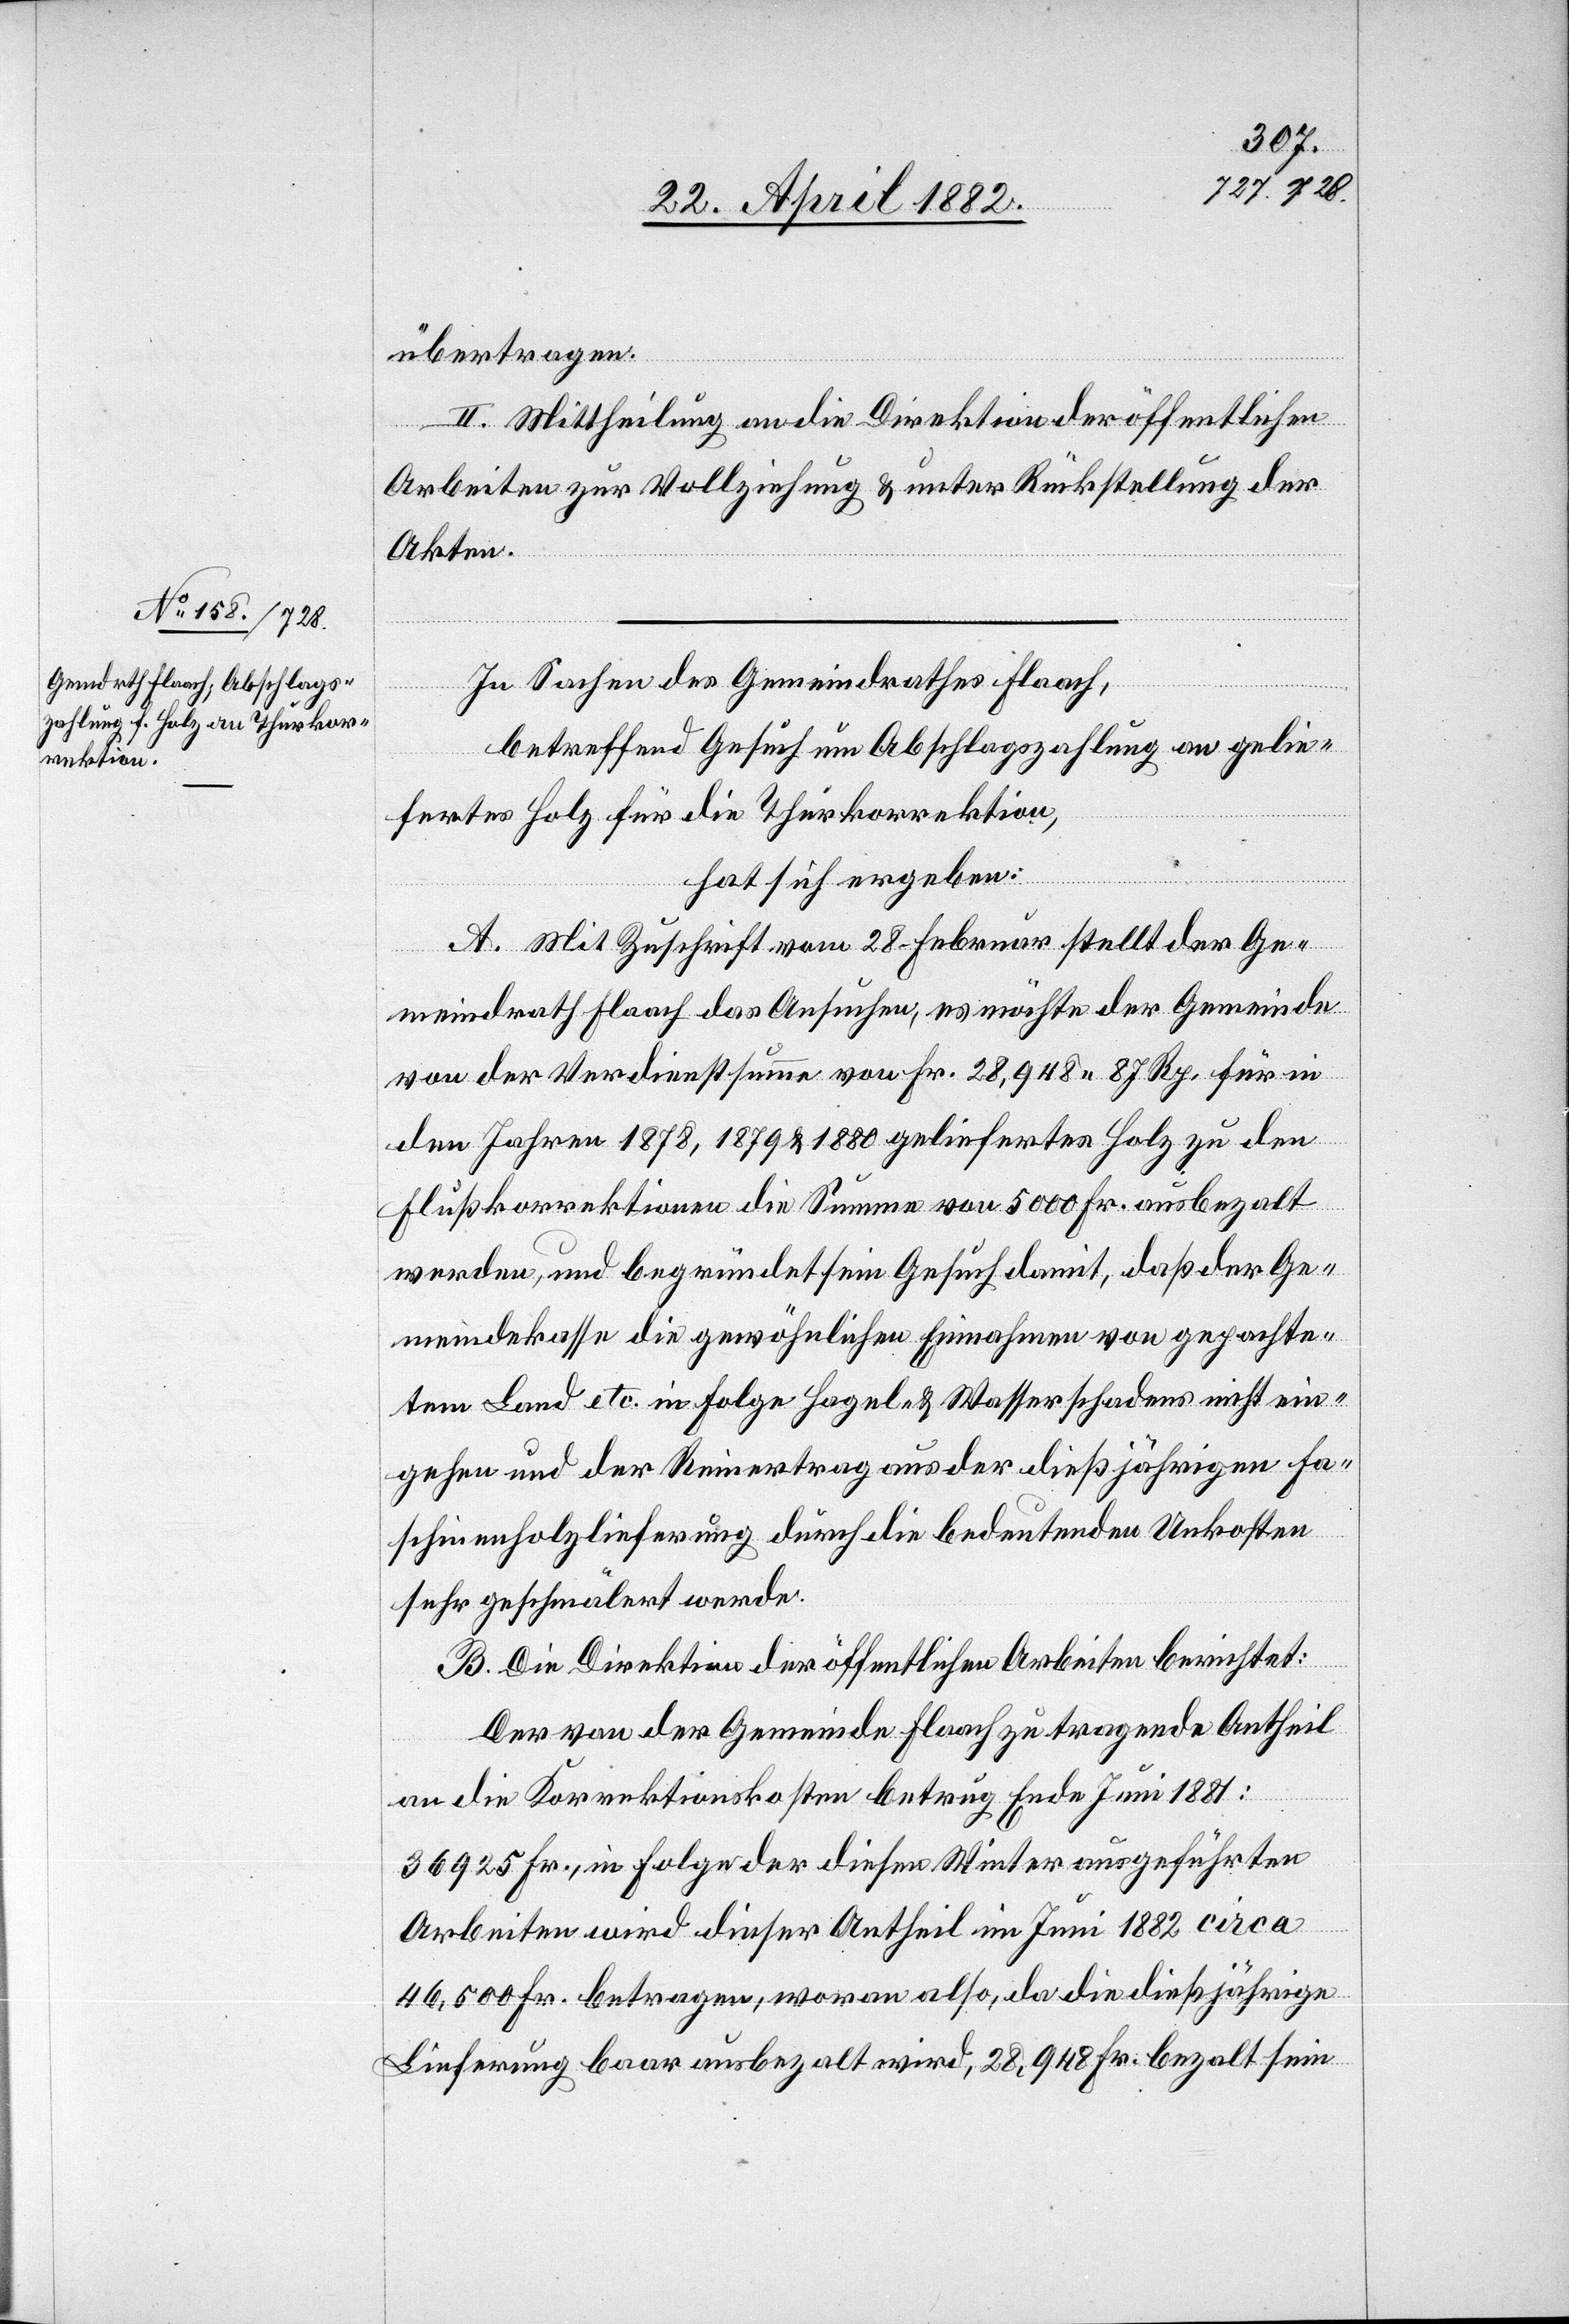
übertragen.
II. Mittheilung an die Direktion der öffentlichen
Arbeiten zur Vollziehung & unter Rückstellung der
Akten.
In Sachen des Gemeindrathes Flaach,
betreffend Gesuch um Abschlagszahlung an gelie¬
fertes Holz für die Thurkorrektion,
hat sich ergeben:
A. Mit Zuschrift vom 28. Februar stellt der Ge¬
meindrath Flaach das Ansuchen, es möchte der Gemeinde
von der Verdienstsumme von Fr. 28,948 87 Rp. für in
den Jahren 1878, 1879 & 1880 geliefertes Holz zu den
Flußkorrektionen die Summe von 5000 Fr. ausbezahlt
werden, und begründet sein Gesuch damit, daß der Ge¬
meindekasse die gewöhnlichen Einnahmen von gepachte¬
tem Land etc. in Folge Hagel- & Wasserschadens nicht ein¬
gehen und der Reinertrag aus der dießjährigen Fa¬
schinenholzlieferung durch die bedeutenden Unkosten
sehr geschmälert werde.
B. Die Direktion der öffentlichen Arbeiten berichtet:
Der von der Gemeinde Flaach zu tragende Antheil
an die Korrektionskosten betrug Ende Juni 1881:
36 925 Fr., in Folge der diesen Winter ausgeführten
Arbeiten wird dieser Antheil im Juni 1882 circa
46,500 Fr. betragen, woran also, da die dießjährige
Lieferung baar ausbezahlt wird, 28,948 Fr. bezahlt sein